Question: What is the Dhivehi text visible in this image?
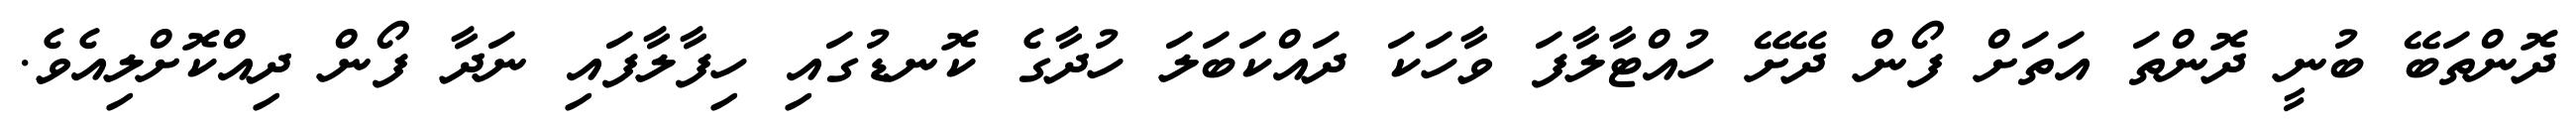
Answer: ދޮންތަބޭ ބުނީ ދޮންތަ އަތަށް ފޯން ދޭށޭ ހުއްޓާލާފަ ވާހަކަ ދައްކަބަލަ ހުދާގެ ކޮނޑުގައި ހިފާލާފައި ނަދާ ފޯން ދިއްކޮށްލިއެވެ.